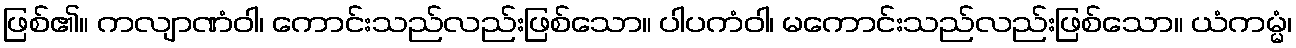
ဖြစ်၏။ ကလျာဏံဝါ၊ ကောင်းသည်လည်းဖြစ်သော။ ပါပကံဝါ၊ မကောင်းသည်လည်းဖြစ်သော။ ယံကမ္မံ၊